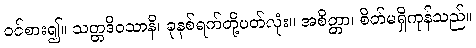
ဝင်စား၍။ သတ္တဒိဝသာနိ၊ ခုနစ်ရက်တို့ပတ်လုံး။ အစိတ္တာ၊ စိတ်မရှိကုန်သည်။